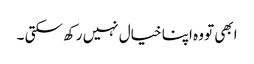
ابھی تو وہ اپنا خیال نہیں رکھ سکتی ۔